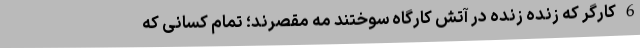
6 کارگر که زنده زنده در آتش کارگاه سوختند مه مقصرند؛ تمام کسانی که